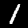
Digit: 1